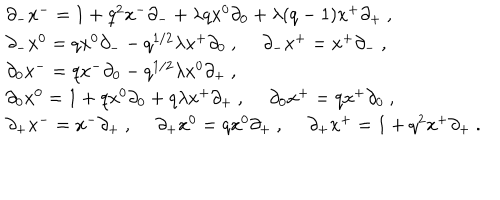
\begin{array} { l } { { \partial _ { - } x ^ { - } = 1 + q ^ { 2 } x ^ { - } \partial _ { - } + \lambda q x ^ { 0 } \partial _ { 0 } + \lambda ( q - 1 ) x ^ { + } \partial _ { + } ~ , } } \\ { { \partial _ { - } x ^ { 0 } = q x ^ { 0 } \partial _ { -- } q ^ { 1 / 2 } \lambda x ^ { + } \partial _ { 0 } ~ , ~ ~ \partial _ { - } x ^ { + } = x ^ { + } \partial _ { - } ~ , } } \\ { { \partial _ { 0 } x ^ { - } = q x ^ { - } \partial _ { 0 } - q ^ { 1 / 2 } \lambda x ^ { 0 } \partial _ { + } ~ , } } \\ { { \partial _ { 0 } x ^ { 0 } = 1 + q x ^ { 0 } \partial _ { 0 } + q \lambda x ^ { + } \partial _ { + } ~ , ~ ~ \partial _ { 0 } x ^ { + } = q x ^ { + } \partial _ { 0 } ~ , } } \\ { { \partial _ { + } x ^ { - } = x ^ { - } \partial _ { + } ~ , ~ ~ \partial _ { + } x ^ { 0 } = q x ^ { 0 } \partial _ { + } ~ , ~ ~ \partial _ { + } x ^ { + } = 1 + q ^ { 2 } x ^ { + } \partial _ { + } ~ . } } \\ \end{array}